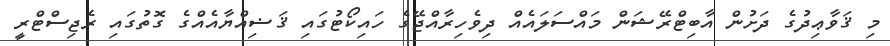
މި ޤަވާޢިދުގެ ދަށުން އާބިޓްރޭޝަން މައްސަލައެއް ދިވެހިރާއްޖޭގެ ހައިކޯޓުގައި ޤަޟިއްޔާއެއްގެ ގޮތުގައި ރެޖިސްޓްރީ